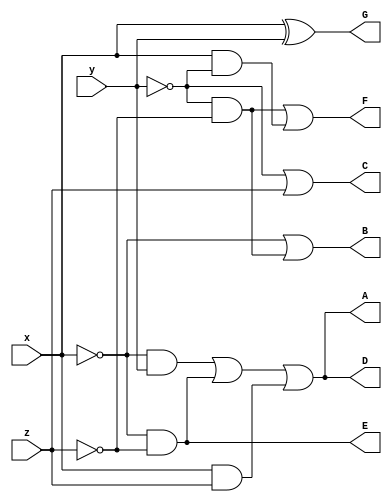
module seven_segment_decoder(x,y,z,A,B,C,D,E,F,G); //seven segment decoder
	input x,y,z;
	output A,B,C,D,E,F,G;
	
	assign A = (~x&y)|(~x&~z)|(x&z);
	assign B = ~x|(~y&~z);
	assign C = ~y|z;
	assign D = (~x&y)|(~x&~z)|(x&z);
	assign E = ~x&~z;
	assign F = (~y&~z)|(x&~y);	
	assign G = x^y;
endmodule